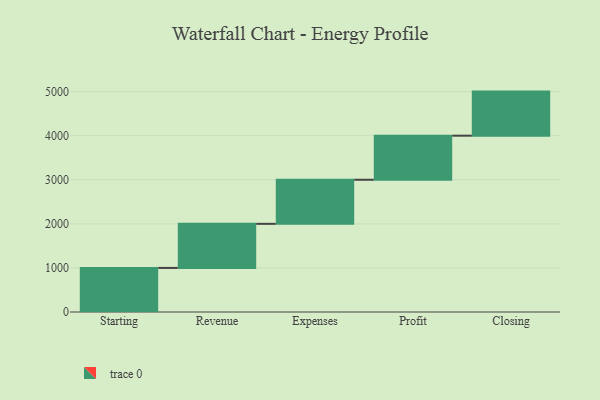
{"axis": {"x": "Step", "y": "Value"}, "legend": [""], "data": [{"x": "Starting", "y": 1000, "type": ""}, {"x": "Revenue", "y": 1000, "type": ""}, {"x": "Expenses", "y": 1000, "type": ""}, {"x": "Profit", "y": 1000, "type": ""}, {"x": "Closing", "y": 1000, "type": ""}]}